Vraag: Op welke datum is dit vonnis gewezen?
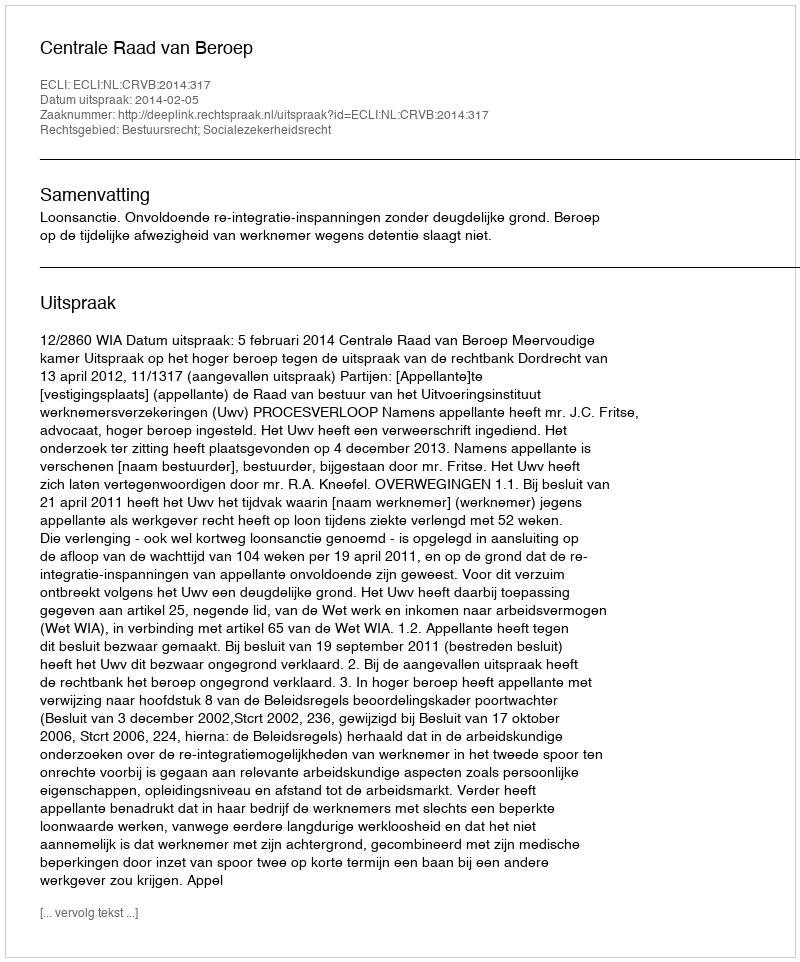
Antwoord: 2014-02-05